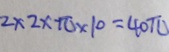
2 \times 2 \times \pi \times 1 0 = 4 0 \pi